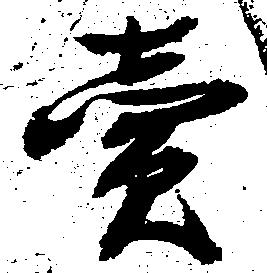
売